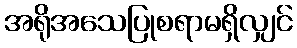
အရိုအသေပြုစရာမရှိလျှင်